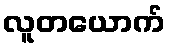
လူတယောက်